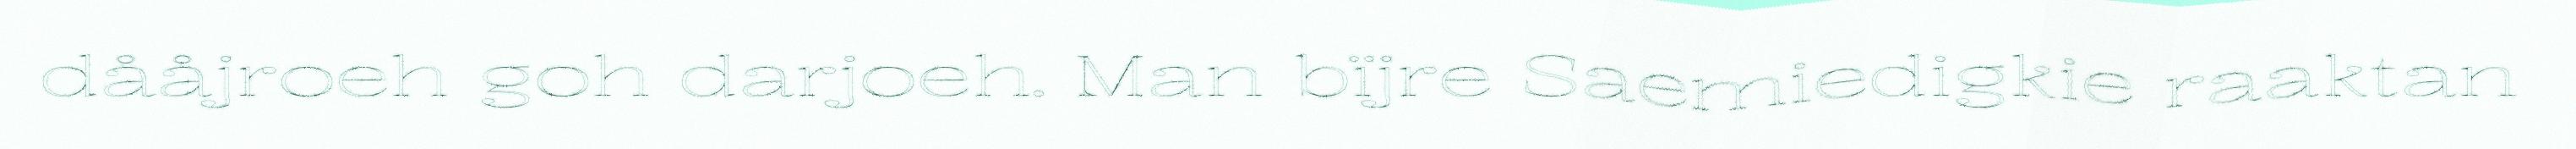
dååjroeh goh darjoeh. Man bïjre Saemiedigkie raaktan